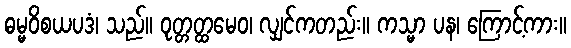
ဓမ္မဝိစယပဒံ၊ သည်။ ဝုတ္တတ္ထမေဝ၊ လျှင်ကတည်း။ ကသ္မာ ပန၊ ကြောင့်ကား။